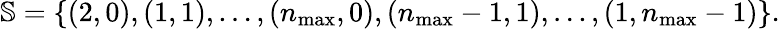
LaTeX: \mathbb{S}=\{ (2,0),(1,1),\dots,(n_{\operatorname*{max}},0),(n_{\operatorname*{max}}-1,1),\dots,(1,n_{\operatorname*{max}}-1)\} .